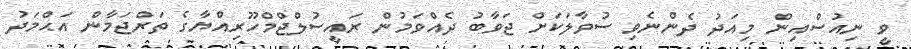
ވީ ނިއުސްއިން މިއަދު ދެންނެވި ސުވާލަކަށް ޖަވާބު ދެއްވަމުން ރައީސުލްޖްމްހޫރިއްޔާގެ ތަރްޖަމާން އަޙްމަދު